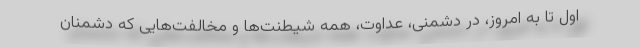
اول تا به امروز، در دشمنی، عداوت، همه شیطنت‌ها و مخالفت‌هایی که دشمنان